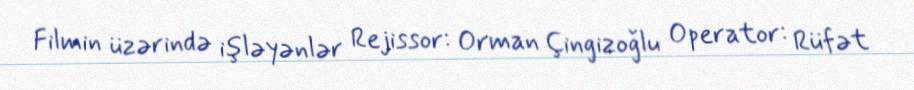
Filmin üzərində işləyənlər Rejissor: Orman Çingizoğlu Operator: Rüfət